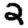
Digit: 2